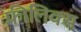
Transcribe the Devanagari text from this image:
फ़ीलिक्स